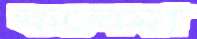
কলেমা